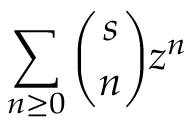
\sum _ { n \geq 0 } { \binom { s } { n } } z ^ { n }